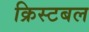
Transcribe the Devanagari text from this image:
क्रिस्टबल